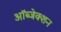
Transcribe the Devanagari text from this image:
ऑब्जेक्शन